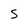
Character: 5